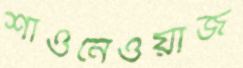
শাওনেওয়াজ